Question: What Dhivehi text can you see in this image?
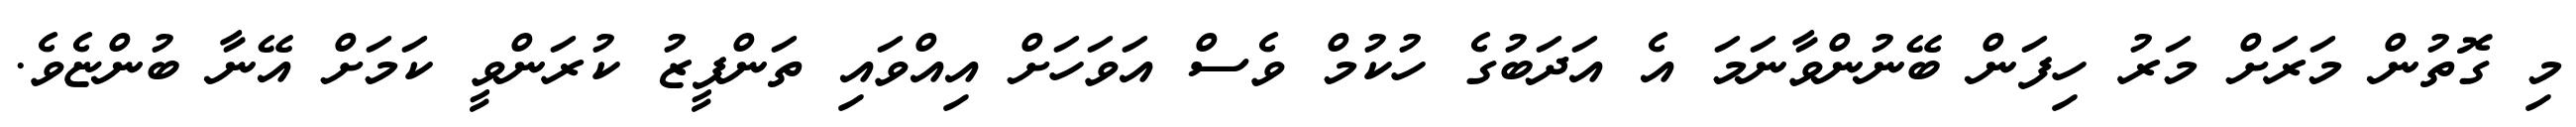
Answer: މި ގޮތުން މަރަށް މަރު ހިފަން ބޭނުންވާނަމަ އެ އަދަބުގެ ހުކުމް ވެސް އަވަހަށް އިއްވައި ތަންފީޒު ކުރަންވީ ކަމަށް އޭނާ ބުންޏެވެ.